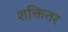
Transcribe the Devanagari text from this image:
शक्तितर